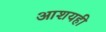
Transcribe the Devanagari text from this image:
आशयही